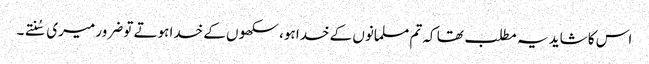
اس کا شاید یہ مطلب تھا کہ تم مسلمانوں کے خدا ہو، سکھوں کے خدا ہوتے تو ضرور میری سُنتے۔